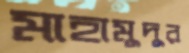
মাহামুদুর